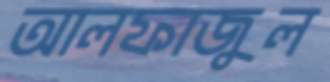
আলফাজুল